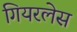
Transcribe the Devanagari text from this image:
गियरलेस